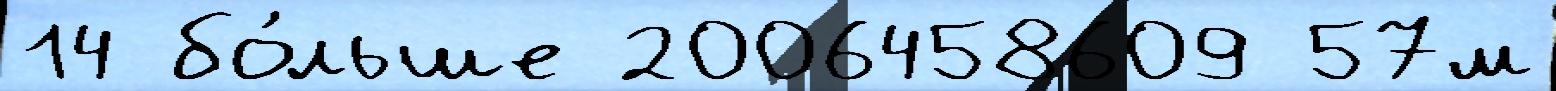
14 бо́льше 2006458609 57м